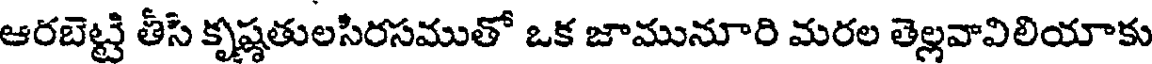
ఆరబెట్టి తీసి కృష్ణతులసిరసముతో ఒక జామునూరి మరల తెల్లవావిలియాకు